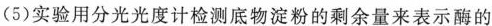
(5)实验用分光光度计检测底物淀粉的剩余量来表示酶的